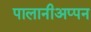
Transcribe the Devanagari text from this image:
पालानीअप्पन